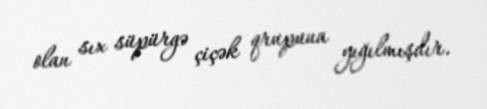
olan sıx süpürgə çiçək qrupuna yığılmışdır.